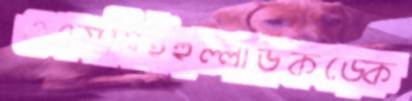
ওএসসিইহুল্লাড়কড়্‌কে